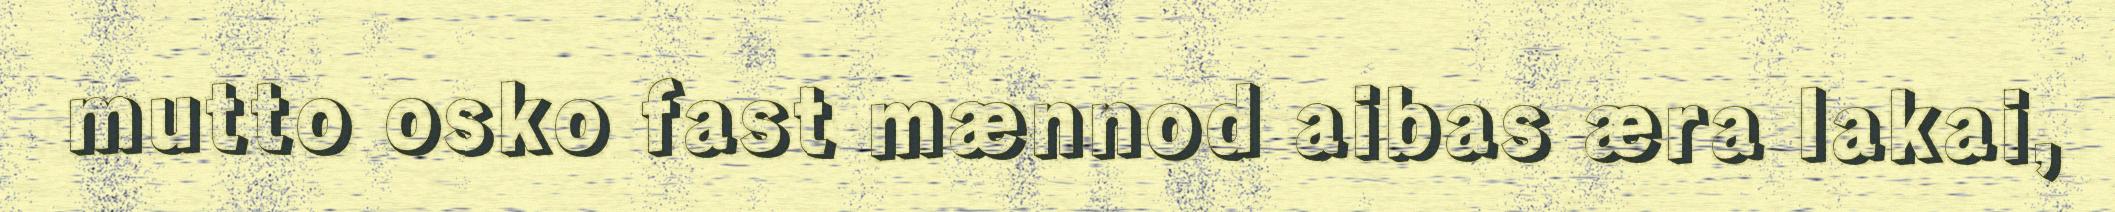
mutto osko fast mænnod aibas æra lakai,